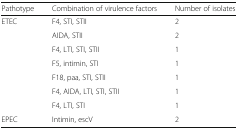
<table><thead><tr><td><b>Pathotype</b></td><td><b>Combination of virulence factors</b></td><td><b>Number of isolates</b></td></tr></thead><tbody><tr><td rowspan="7">ETEC</td><td>F4, STI, STII</td><td>2</td></tr><tr><td>AIDA, STII</td><td>2</td></tr><tr><td>F4, LTI, STI, STII</td><td>1</td></tr><tr><td>F5, intimin, STI</td><td>1</td></tr><tr><td>F18, paa, STI, STII</td><td>1</td></tr><tr><td>F4, AIDA, LTI, STI, STII</td><td>1</td></tr><tr><td>F4, LTI, STI</td><td>1</td></tr><tr><td>EPEC</td><td>Intimin, escV</td><td>2</td></tr></tbody></table>